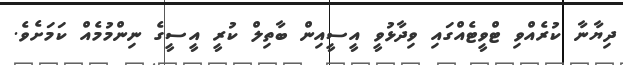
ދިޔާނާ ކުރެއްވި ޓްވީޓެއްގައި ވިދާޅުވީ އީސީއިން ބާތިލް ކުރީ އީސީގެ ނިންމުމެއް ކަމަށެވެ.